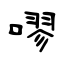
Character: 嘐